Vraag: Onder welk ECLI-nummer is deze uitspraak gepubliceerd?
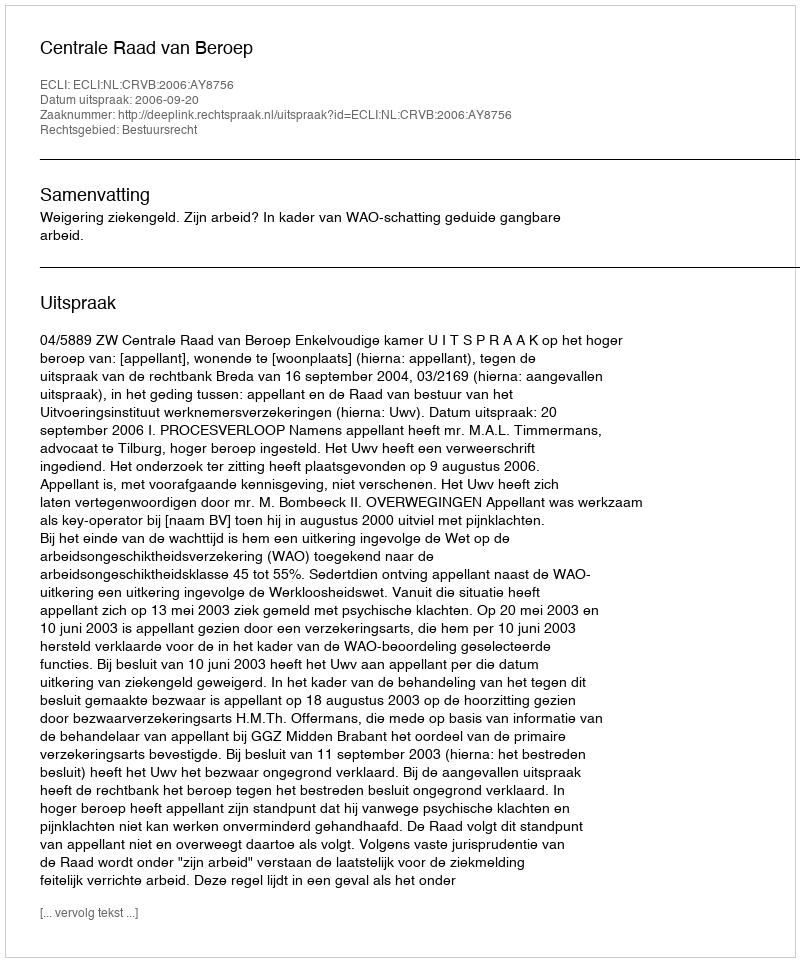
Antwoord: ECLI:NL:CRVB:2006:AY8756